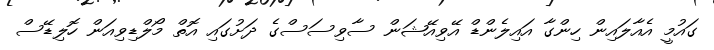
ގައުމީ އެއާލައިން ހިންގާ އައިލެންޑް އޭވިއޭޝަން ސާވިސަސްގެ ދަށުގައި އޮތް މޯލްޑިވިއަން ހޮލިޑޭސް